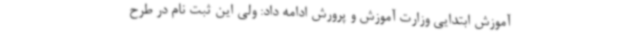
آموزش ابتدایی وزارت آموزش و پرورش ادامه داد: ولی این ثبت نام در طرح